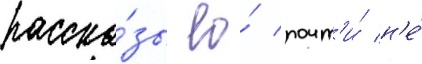
расска́зы ео́ почт'и́ н'е́